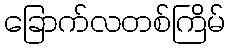
ခြောက်လတစ်ကြိမ်